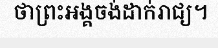
ថាព្រះអង្គចង់ដាក់រាជ្យ។